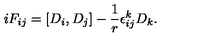
i F _ { i j } = [ D _ { i } , D _ { j } ] - \frac { 1 } { r } \epsilon _ { i j } ^ { k } D _ { k } . \nonumber